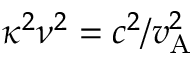
\kappa ^ { 2 } \nu ^ { 2 } = c ^ { 2 } / v _ { \mathrm { A } } ^ { 2 }